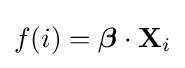
f(i)={\boldsymbol {\beta }}\cdot \mathbf {X} _{i}